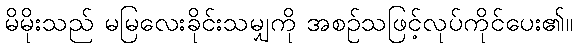
မိမိုးသည် မမြလေးခိုင်းသမျှကို အစဉ်သဖြင့်လုပ်ကိုင်ပေး၏။